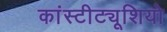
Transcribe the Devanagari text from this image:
कांस्टीट्यूशियो